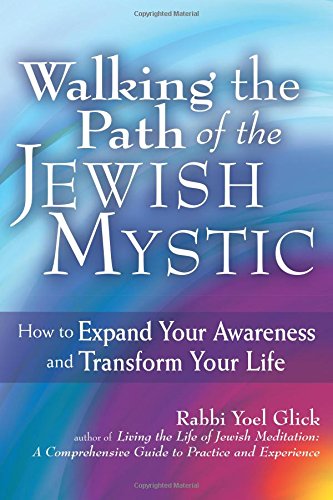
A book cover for Walking the Path of the Jewish Mystic; Rabbi Yoel Glick; Religion & Spirituality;